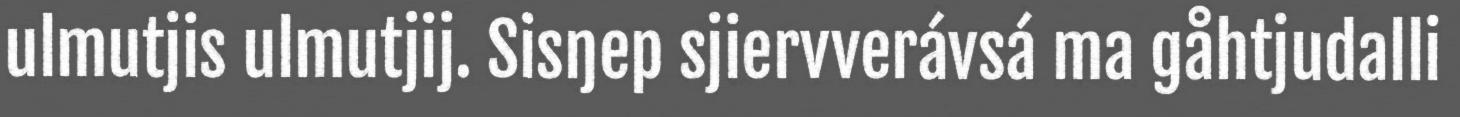
ulmutjis ulmutjij. Sisŋep sjiervverávsá ma gåhtjudalli